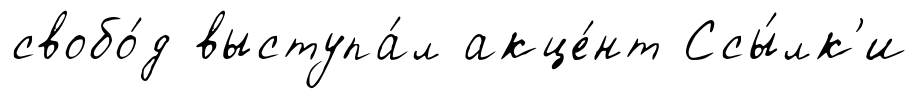
свобо́д выступа́л акце́нт Ссы́лк'и